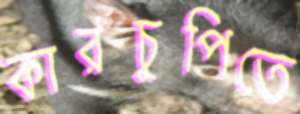
কারচুপিতে